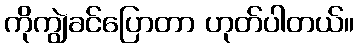
ကိုကျွဲခင်ပြောတာ ဟုတ်ပါတယ်။